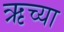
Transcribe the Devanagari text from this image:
ऋच्या